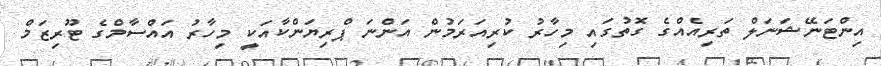
އިންޓަނޭޝަނަލް ތަރިއެއްގެ ގޮތުގައި މިހާރު ކުރިއަރަމުން އަންނަ ޕްރިޔަންކާއަކީ މިހާރު އައްސާމްގެ ޓޫރިޒަމް